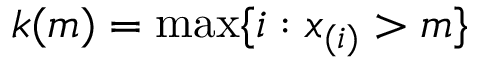
k ( m ) = \operatorname* { m a x } \{ i : x _ { ( i ) } > m \}